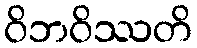
ဝိဘဝိဿတိ